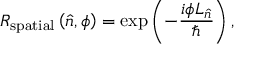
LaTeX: R _ { \mathrm { s p a t i a l } } \left( { \hat { n } } , \phi \right) = \exp \left( - { \frac { i \phi L _ { \hat { n } } } { \hbar } } \right) ,